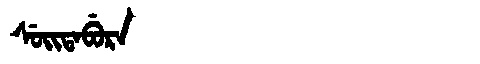
Manchu: ᠰᡠᡳᡨᠠᠪᡠᡵᠠ
Romanization: SUITABURA